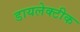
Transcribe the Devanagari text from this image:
डायलेक्टीक